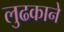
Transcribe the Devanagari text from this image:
लुढकाने